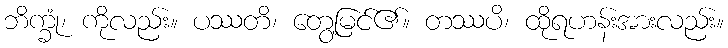
ဘိက္ခုံ၊ ကိုလည်း။ ပဿတိ၊ တွေ့မြင်၏။ တဿပိ၊ ထိုရဟန်းအားလည်း။